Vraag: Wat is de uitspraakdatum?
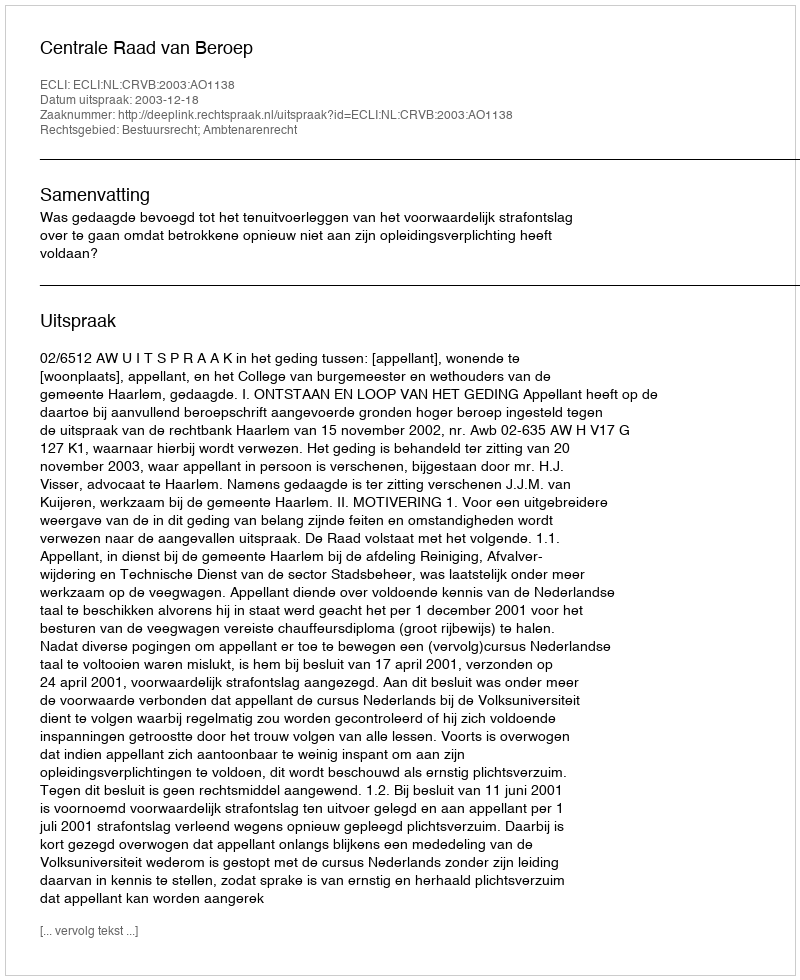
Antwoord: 2003-12-18